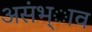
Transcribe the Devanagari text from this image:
असंभ्ाव